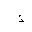
Letter: _thal